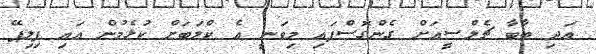
އަދި ބާބާ ޗެލްސީއަށް ގެންގޮސްފައި މިވަނީ އެ ކްލަބަށް ކުޅެމުން އައި ފިިލިޕޭ